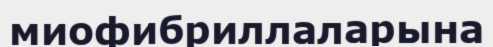
миофибриллаларына